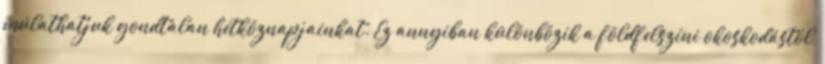
múlathatjuk gondtalan hétköznapjainkat. Ez annyiban különbözik a földfelszíni okoskodástól,